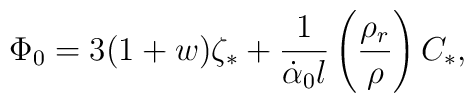
\Phi_0=3(1+w) \zeta_{\ast}+\frac{1}{\dot{\alpha}_0 l} \left(\frac{\rho_r}{\rho} \right) C_{\ast},